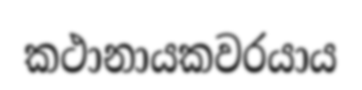
කථානායකවරයාය